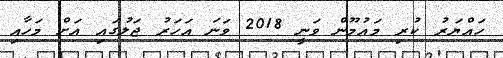
ހައްޔަރު ކުރި މައުމޫން ވަނީ 2018 ވަނަ އަހަރު ޖަލުގައި އަށް މަހާއި